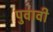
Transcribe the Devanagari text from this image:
पुवावी